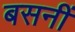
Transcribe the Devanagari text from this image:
बसनीं